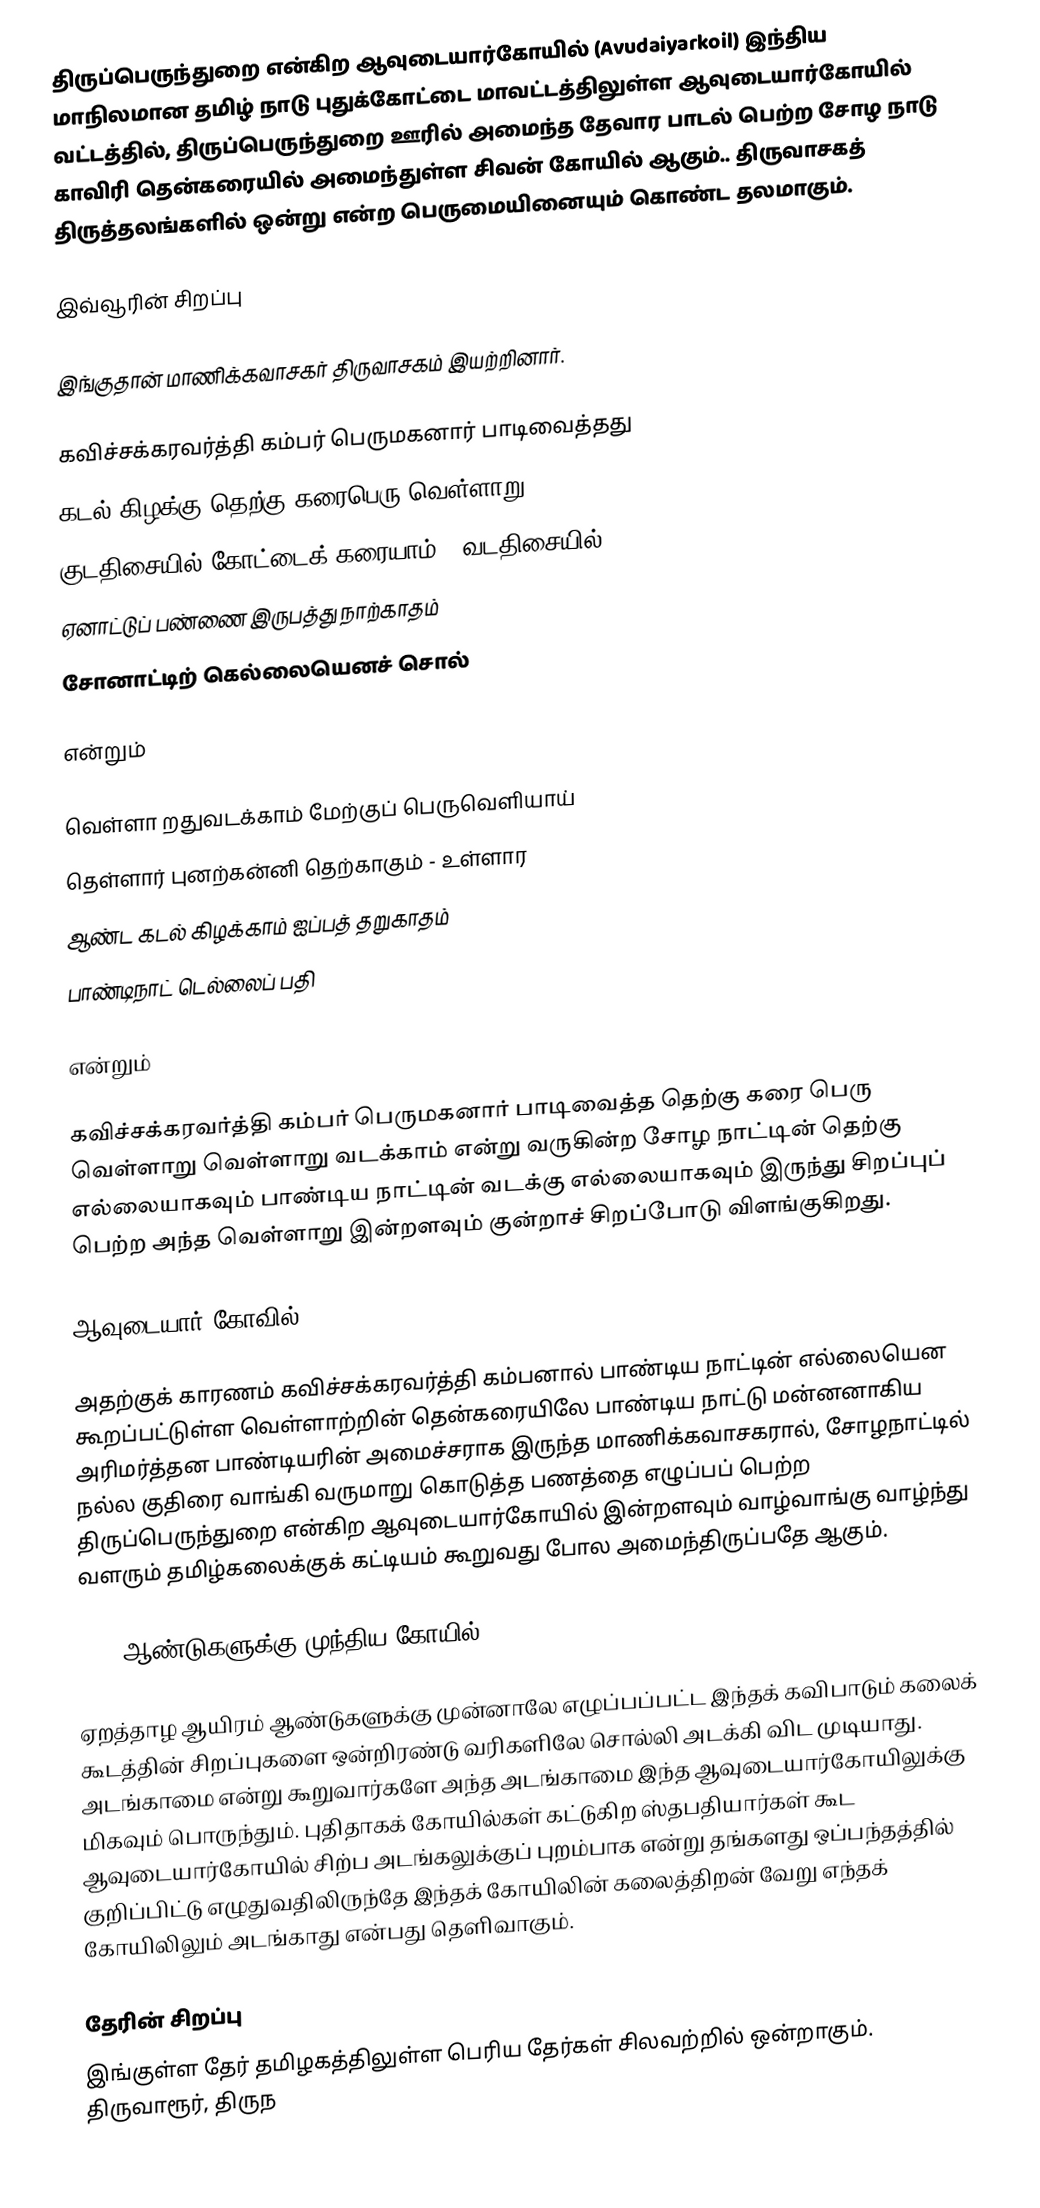
திருப்பெருந்துறை என்கிற ஆவுடையார்கோயில் (Avudaiyarkoil) இந்திய மாநிலமான தமிழ் நாடு  புதுக்கோட்டை மாவட்டத்திலுள்ள  ஆவுடையார்கோயில் வட்டத்தில், திருப்பெருந்துறை ஊரில் அமைந்த தேவார பாடல் பெற்ற சோழ நாடு காவிரி தென்கரையில் அமைந்துள்ள சிவன் கோயில் ஆகும்.. திருவாசகத் திருத்தலங்களில் ஒன்று என்ற பெருமையினையும் கொண்ட தலமாகும்.

இவ்வூரின் சிறப்பு

இங்குதான் மாணிக்கவாசகர் திருவாசகம் இயற்றினார்.

கவிச்சக்கரவர்த்தி கம்பர் பெருமகனார் பாடிவைத்தது
கடல் கிழக்கு தெற்கு கரைபெரு வெள்ளாறு
குடதிசையில் கோட்டைக் கரையாம் - வடதிசையில்
ஏனாட்டுப் பண்ணை இருபத்து நாற்காதம்
சோனாட்டிற் கெல்லையெனச் சொல்

என்றும்

வெள்ளா றதுவடக்காம் மேற்குப் பெருவெளியாய்
தெள்ளார் புனற்கன்னி தெற்காகும் - உள்ளார
ஆண்ட கடல் கிழக்காம் ஐப்பத் தறுகாதம்
பாண்டிநாட் டெல்லைப் பதி

என்றும்

கவிச்சக்கரவர்த்தி கம்பர் பெருமகனார் பாடிவைத்த தெற்கு கரை பெரு வெள்ளாறு வெள்ளாறு வடக்காம் என்று வருகின்ற சோழ நாட்டின் தெற்கு எல்லையாகவும் பாண்டிய நாட்டின் வடக்கு எல்லையாகவும் இருந்து சிறப்புப் பெற்ற அந்த வெள்ளாறு இன்றளவும் குன்றாச் சிறப்போடு விளங்குகிறது.

ஆவுடையார் கோவில்

அதற்குக் காரணம் கவிச்சக்கரவர்த்தி கம்பனால் பாண்டிய நாட்டின் எல்லையென கூறப்பட்டுள்ள வெள்ளாற்றின் தென்கரையிலே பாண்டிய நாட்டு மன்னனாகிய அரிமர்த்தன பாண்டியரின் அமைச்சராக இருந்த மாணிக்கவாசகரால், சோழநாட்டில் நல்ல குதிரை வாங்கி வருமாறு கொடுத்த பணத்தை எழுப்பப் பெற்ற திருப்பெருந்துறை என்கிற ஆவுடையார்கோயில் இன்றளவும் வாழ்வாங்கு வாழ்ந்து வளரும் தமிழ்கலைக்குக் கட்டியம் கூறுவது போல அமைந்திருப்பதே ஆகும்.

1100 ஆண்டுகளுக்கு முந்திய கோயில்

ஏறத்தாழ ஆயிரம் ஆண்டுகளுக்கு முன்னாலே எழுப்பப்பட்ட இந்தக் கவிபாடும் கலைக் கூடத்தின் சிறப்புகளை ஒன்றிரண்டு வரிகளிலே சொல்லி அடக்கி விட முடியாது. அடங்காமை என்று கூறுவார்களே அந்த அடங்காமை இந்த ஆவுடையார்கோயிலுக்கு மிகவும் பொருந்தும். புதிதாகக் கோயில்கள் கட்டுகிற ஸ்தபதியார்கள் கூட ஆவுடையார்கோயில் சிற்ப அடங்கலுக்குப் புறம்பாக என்று தங்களது ஒப்பந்தத்தில் குறிப்பிட்டு எழுதுவதிலிருந்தே இந்தக் கோயிலின் கலைத்திறன் வேறு எந்தக் கோயிலிலும் அடங்காது என்பது தெளிவாகும்.

தேரின் சிறப்பு
இங்குள்ள தேர் தமிழகத்திலுள்ள பெரிய தேர்கள் சிலவற்றில் ஒன்றாகும். திருவாரூர், திருந